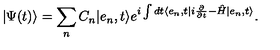
\vert \Psi ( t ) \rangle = \sum _ { n } C _ { n } \vert e _ { n } , t \rangle e ^ { i \int d t \langle e _ { n } , t \vert i \frac { \partial } { \partial t } - \hat { H } \vert e _ { n } , t \rangle } .